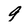
Character: 9